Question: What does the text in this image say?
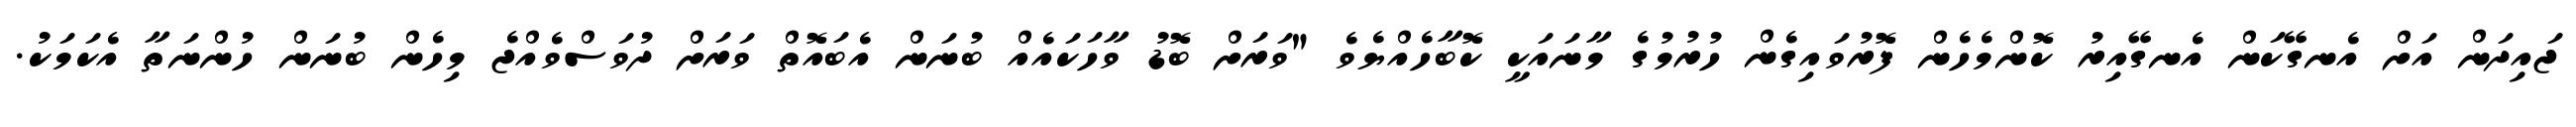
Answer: ޖައިދަން އަށް އެނގޭކަން އެނގޭއިރު ކޮންމެހެން ފޮރުވައިގެން ހުރުމުގެ މާނައަކީ ކޮބާހެއްޔެވެ "ވަރަށް ބޮޑު ވާހަކައެއް ބުނަން އެބައޮތް ވަރަށް ދުވަސްވެއްޖެ މިހެން ބުނަން ހުންނަތާ އެކަމަކު.